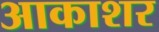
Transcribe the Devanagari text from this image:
आकाशर